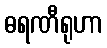
ဓရဏီရုဟာ